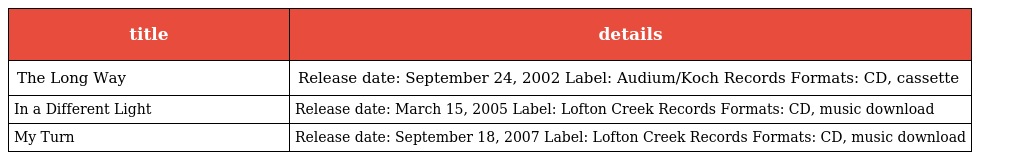
| title | details |
 | --- | --- |
 | The Long Way | Release date: September 24, 2002 Label: Audium/Koch Records Formats: CD, cassette |
 | In a Different Light | Release date: March 15, 2005 Label: Lofton Creek Records Formats: CD, music download |
 | My Turn | Release date: September 18, 2007 Label: Lofton Creek Records Formats: CD, music download |